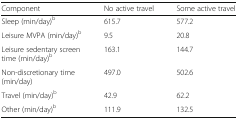
<table><thead><tr><td><b>Component</b></td><td><b>No active travel</b></td><td><b>Some active travel</b></td></tr></thead><tbody><tr><td>Sleep (min/day)<sup>b</sup></td><td>615.7</td><td>577.2</td></tr><tr><td>Leisure MVPA (min/day)<sup>b</sup></td><td>9.5</td><td>20.8</td></tr><tr><td>Leisure sedentary screen time (min/day)<sup>b</sup></td><td>163.1</td><td>144.7</td></tr><tr><td>Non-discretionary time (min/day)</td><td>497.0</td><td>502.6</td></tr><tr><td>Travel (min/day)<sup>b</sup></td><td>42.9</td><td>62.2</td></tr><tr><td>Other (min/day)<sup>b</sup></td><td>111.9</td><td>132.5</td></tr></tbody></table>